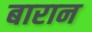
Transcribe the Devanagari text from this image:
बारान